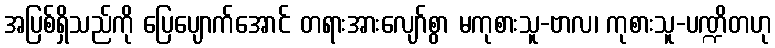
အပြစ်ရှိသည်ကို ပြေပျောက်အောင် တရားအားလျော်စွာ မကုစားသူ-ဗာလ၊ ကုစားသူ-ပဏ္ဍိတဟု